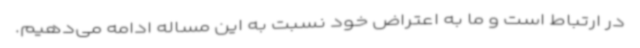
در ارتباط است و ما به اعتراض خود نسبت به این مساله ادامه می‌دهیم.